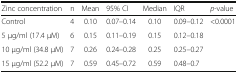
<table><thead><tr><td><b>Zinc concentration</b></td><td><b>n</b></td><td><b>Mean</b></td><td><b>95% CI</b></td><td><b>Median</b></td><td><b>IQR</b></td><td><b><i>p</i>-value</b></td></tr></thead><tbody><tr><td>Control</td><td>4</td><td>0.10</td><td>0.07–0.14</td><td>0.10</td><td>0.09–0.12</td><td rowspan="4">&lt;0.0001</td></tr><tr><td>5 μg/ml (17.4 μM)</td><td>6</td><td>0.15</td><td>0.11–0.19</td><td>0.15</td><td>0.12–0.18</td></tr><tr><td>10 μg/ml (34.8 μM)</td><td>7</td><td>0.26</td><td>0.24–0.28</td><td>0.25</td><td>0.25–0.27</td></tr><tr><td>15 μg/ml (52.2 μM)</td><td>7</td><td>0.59</td><td>0.45–0.72</td><td>0.59</td><td>0.48–0.7</td></tr></tbody></table>